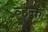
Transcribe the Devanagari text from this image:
व्हक्त